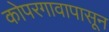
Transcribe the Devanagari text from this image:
कोपरगावापासून